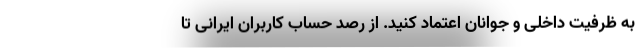
به ظرفیت داخلی و جوانان اعتماد کنید. از رصد حساب‌ کاربران ایرانی تا